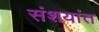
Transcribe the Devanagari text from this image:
संशयांत